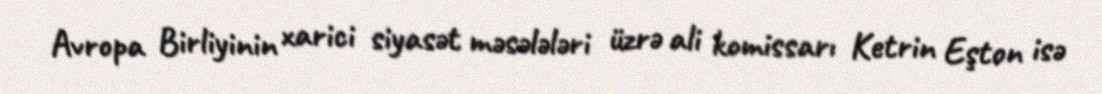
Avropa Birliyinin xarici siyasət məsələləri üzrə ali komissarı Ketrin Eşton isə